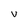
Character: V